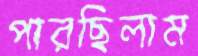
পারছিলাম